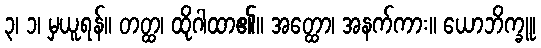
၃၊ ၁၊ မှယူရန်။ တတ္ထ၊ ထိုဂါထာ၏။ အတ္ထော၊ အနက်ကား။ ယောဘိက္ခူ၊